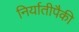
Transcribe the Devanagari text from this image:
निर्यातीपैकी